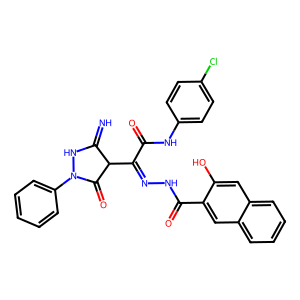
SMILES: N=C1NN(c2ccccc2)C(=O)C1C(=NNC(=O)c1cc2ccccc2cc1O)C(=O)Nc1ccc(Cl)cc1
Inhibits HIV replication: No